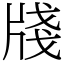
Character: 牋